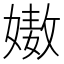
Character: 𡠯